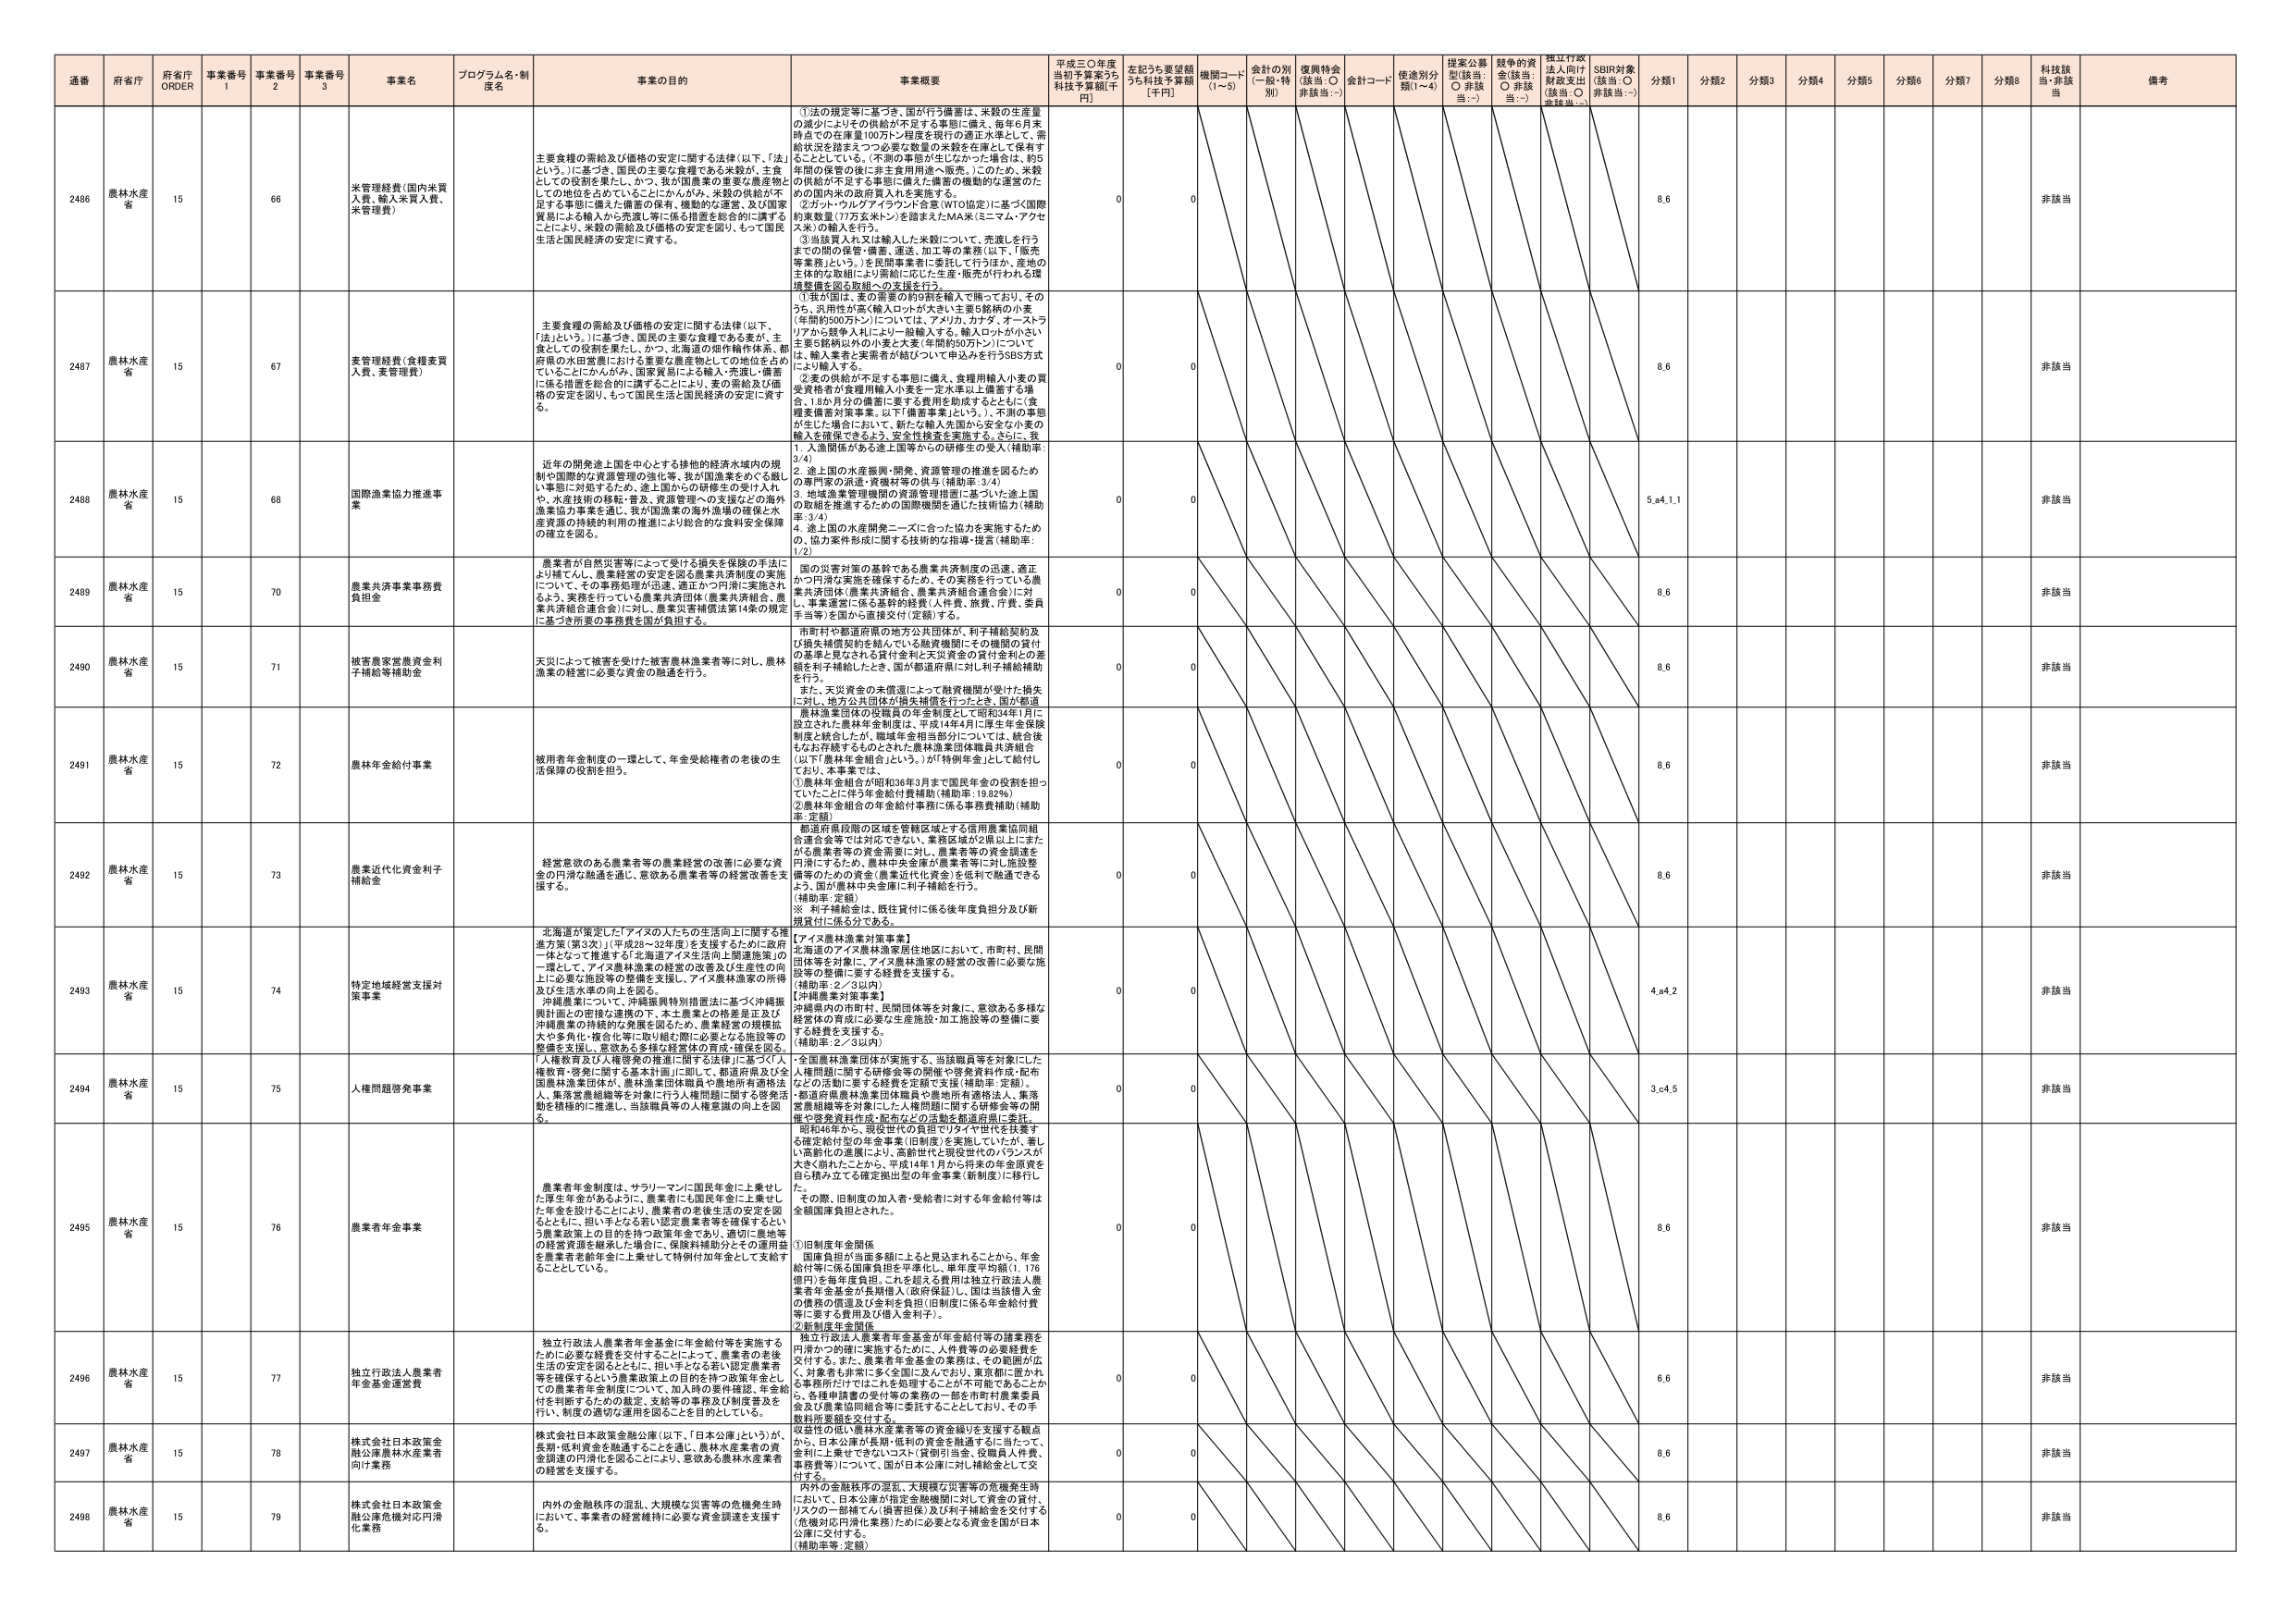
通番 府省庁 府省庁 ORDER 事業番号 1 事業番号 2 事業番号 3 事業名 プログラム名・制度名 事業の目的 事業概要 平成三〇年度当初予算案うち 科技予算額[千円] 左記うち要望額うち科技予算額 [千円] 機関コード (1～5) 会計の別 (一般・特別) 復興特会 (該当:○ 非該当:－) 会計コード 使途別分類(1～4) 提案公募型(該当:○ 非該当:－) 越年の資金(該当:○ 非該当:－) 指定行政法入向け財政支出 (該当:○ 非該当:－) SDR対象 (該当:○ 非該当:－) 分類1 分類2 分類3 分類4 分類5 分類6 分類7 分類8 科技該当・非該当 備考

2486 農林水産省 15 66 米管理経費(国内米買入費、輸入米買入費、米管理費) 主要食糧の需給及び価格の安定に関する法律(以下、「法」という。)に基づき、国民の主要な食糧である米穀が、主食としての役割を果たし、かつ、我が国農業の重要な農産物としての地位を占めていることからかんがみ、米穀の供給が不足する事態に備えた備蓄の在庫を保有、機動的な運営、及び国際貿易による輸入から売渡し等に係る措置を総合的に講ずることにより、米穀の需給及び価格の安定を図り、もって国民生活と国民経済の安定に資する。 ①法の規定等に基づき、国が行う備蓄は、米穀の生産量の減少によりその供給が不足する事態に備え、毎年6月末時点で在庫量100万トン程度を現行の適正水準として、需給状況を踏まえつつ必要な数量の米穀を在庫として保有することとしている。(不測の事態が生じなかった場合は、195年間の保管の後に非主食用用途へ販売。)このため、米穀の供給が不足する事態に備えた備蓄の機動的な運営のための国内米の政府買入れを実施する。 ②ガット・ウルグアイラウンド合意(WTO協定)に基づく国際的束縛量(77万石米トン)を踏まえたMA米(ミニマム・アクセス米)の輸入を行う。 ③当該買入れ又は輸入した米穀について、売渡しを行うまでの間の保管・備蓄・運送、加工等の業務(以下、「販売等業務」という。)を民間事業者に委託して行うほか、産地の主体的な取組により需給に応じた生産・販売が行われる環境整備を図る取組への支援を行う。 0 0 8.6 非該当

2487 農林水産省 15 67 麦管理経費(食糧支賛入費、麦管理費) 主要食糧の需給及び価格の安定に関する法律(以下、「法」という。)に基づき、国民の主要な食糧である麦が、主食としての役割を果たし、かつ、北海道の畑作輪作体系、都府県の水田営農における重要な農産物としての地位を占めていることからかんがみ、国家責務による輸入・売渡し・備蓄に係る措置を総合的に講ずることにより、麦の需給及び価格の安定を図り、もって国民生活と国民経済の安定に資する。 ①法が国は、麦の需要の約9割を輸入で賄っており、そのうち、汎用性が高く輸入コットが大きい主要5銘柄の小麦(年間約500万トン)については、アメリカ、カナダ、オーストラリアから競争入札により一般輸入する。輸入コットが小さい主要5銘柄以外の小麦と大麦(年間約50万トン)についても、輸入業者と実需者が結びついて申込みを行うSBS方式により購入する。 ②麦の供給が不足する事態に備え、食糧用輸入小麦の買受資格者が食糧用輸入小麦を一定水準以上備蓄する場合、1.8万円分の備蓄に要する費用を助成するとともに(食糧支備蓄対策事業。以下「備蓄事業」という。)、不測の事態が生じた場合において、新たな輸入先国から安全な小麦の輸入を確保できるよう、安全性検査を実施する。さらに、我 0 0 8.6 非該当

2488 農林水産省 15 68 国際漁業協力推進事業 近年の開発途上国を中心とする排他的経済水域内の規制や国際的な資源管理の強化等、我が国漁業をめぐる厳しい事態に対処するため、途上国からの研修生の受け入れや、水産技術の移転・普及、資源管理への支援などの海外漁業協力事業を通じ、我が国漁業の海外漁場の確保と水産資源の持続的利用の推進により総合的な食料安全保障の確立を図る。 1. 人漁関係がある途上国等からの研修生の受入(補助率:3/4) 2. 途上国の水産振興・開発、資源管理の推進を図るための専門家の派遣・資機材等の供与(補助率:3/4) 3. 地域漁業管理機関の資源管理措置に基づいた途上国取組を推進するための国際機関を通じた技術協力(補助率:3/4) 4. 途上国の水産開発ニーズに合った協力を実施するための、協力案件形成に関する技術的な指導・提言(補助率:1/2) 0 0 5,α4,1.1 非該当

2489 農林水産省 15 70 農業共済事業事務費負担金 農業者が自然災害等によって受ける損失を保険の手法により補てんし、農業経営の安定を図る農業共済制度の実施について、その事務処理が迅速、適正かつ円滑に実施されるよう、実務を行っている農業共済団体(農業共済組合、農業共済組合連合会)に対し、農業共済補助法第14条の規定に基づき所要の事務費を国が負担する。 国の災害対策の基幹である農業共済制度の迅速、適正かつ円滑な実施を確保するため、その実務を行っている農業共済団体(農業共済組合、農業共済組合連合会)に対し、事業運営に要する基幹的経費(人件費、旅費、庁費、委員手当等)を国から直接交付(定額)する。 0 0 8.6 非該当

2490 農林水産省 15 71 被害農家営農資金利子補給等補助金 天災によって被害を受けた被害農林漁業者等に対し、農林漁業の経営に必要な資金の融通を行う。 市町村や都道府県の地方公共団体が、利子補給契約及び損失補償契約を結んでいる融資機関にその機関の貸付の基準と見なされる貸付金利と天災資金の貸付金利との差額を利子補給したとき、国が都道府県に対し利子補給補助を行う。 また、天災資金の未償還によって融資機関が受けた損失に対し、地方公共団体が損失補償を行ったとき、国が都道 0 0 8.6 非該当

2491 農林水産省 15 72 農林年金給付事業 被用年金制度の一環として、年金受給権者の老後の生活保障の役割を担う。 農林漁業団体の役職員の年金制度として昭和34年1月に設立された農林年金制度は、平成14年4月に厚生年金保険制度と統合したが、職域年金相当部分については、統合後もなお存続するものとされた農林漁業団体職員共済組合(以下「農林年金組合」という。)が「特例年金」として給付しており、本事業では、 ①農林年金組合が昭和36年3月まで国民年金の役割を担っていたことに対する給付費補助(補助率:19.82%) ②農林年金組合の年金給付事務に係る事務費補助(補助率:定額) 0 0 8.6 非該当

2492 農林水産省 15 73 農業近代化資金利子補給金 経営意欲のある農業者等の農業経営の改善に必要な資金の円滑な融通を通じ、意欲ある農業者等の経営改善を支援する。 都道府県段階の区域を管轄区域とする信用農業協同組合連合会等では対応できない、業務区域が2県以上にまたがる農業者等の資金需要に対し、農業者等の資金調達を円滑にするため、農林中央金庫が農業者等に対し施設整備等のための資金(農業近代化資金)を低利で融通できるよう、国が農林中央金庫に利子補給を行う。 (補助率:定額) ※ 利子補給金は、既往貸付に係る後年度負担分及び新規貸付に係る分である。 0 0 8.6 非該当

2493 農林水産省 15 74 特定地域経営支援対策事業 北海道が策定した「アイヌの人たちの生活向上に関する推進方策(第3次)」(平成28～32年度)を支援するために政府一体となって推進する「北海道アイヌ生活向上関連施策」の一環として、アイヌ農林漁業の経営の改善及び生産性の向上に必要な施設等の整備を支援し、アイヌ農林漁業の所得及び生活水準の向上を図る。 沖縄農業について、沖縄振興特別措置法に基づく沖縄振興計画との密接な連携の下、本土農業との格差是正及び沖縄農業の持続的な発展を図るため、農業経営の規模拡大や多角化・複合化等に取り組む際に必要となる施設等の整備を支援し、意欲ある多様な経営体の育成・増強を図る。 【アイヌ農林漁業対策事業】 北海道のアイヌ農林漁業居住地区において、市町村、民間団体等を対象に、アイヌ農林漁業の経営の改善に必要な施設等の整備に要する経費を支援する。 (補助率:2／3以内) 【沖縄農業対策事業】 沖縄県内の市町村、民間団体等を対象に、意欲ある多様な経営体の育成に必要な生産施設・加工施設等の整備に要する経費を支援する。 (補助率:2／3以内) 0 0 4,α4,2 非該当

2494 農林水産省 15 75 人権問題啓発事業 「人権教育及び人権啓発の推進に関する法律」に基づく「人権教育・啓発に関する基本計画」に即して、都道府県及び全国農林漁業団体が、農林漁業団体職員や農地所有者、集落営農組織等を対象に行った人権問題に関する啓発活動を積極的に推進し、当該職員等の人権意識の向上を図る。 全国農林漁業団体が実施する、当該職員等を対象にした人権問題に関する研修会等の開催や啓発資料作成・配布などの活動に要する経費を定額で支援(補助率:定額)。 都道府県農林漁業団体職員や農地所有者、集落営農組織等を対象にした人権問題に関する研修会等の開催や啓発資料作成・配布などの活動を都道府県に委託。 昭和46年から、現役世代の負担で「タイヤ世代を扶養する確定給付型の年金事業(旧制度)」を実施していたが、著しい高齢化の進展により、高齢世代と現役世代のバランスが大きく崩れたことから、平成14年1月から将来の年金原資を自ら積み立てる確定拠出型の年金事業(新制度)に移行した。 その際、旧制度の加入者・受給者に対する年金給付等は全額国庫負担とされた。 0 0 3,α4,5 非該当

2495 農林水産省 15 76 農業者年金事業 農業者年金制度は、サラリーマンに国民年金に上乗せした厚生年金があるように、農業者にも国民年金に上乗せした年金を設けることにより、農業者の老後生活の安定を図るとともに、若い手元ある若い現役農業者等を育成するという農業政策上の目的を持つ政策年金であり、適切に農地等の経営資源を継承した場合に、保険料補助分とその運用益を農業者老齢年金に上乗せして特例付加年金として支給することとしている。 ①旧制度年金関係 国庫負担が当面多額に上ると見込まれることから、年金給付等に係る国庫負担を平準化し、単年度平均額(1,176億円)を毎年度負担。これを超える費用は独立行政法人農業者年金基金が長期借入(政府保証)し、国は当該借入金の債務の償還及び金利を負担(旧制度に係る年金給付費等に要する費用及び借入金利)。 ②新制度年金関係 0 0 8.6 非該当

2496 農林水産省 15 77 独立行政法人農業者年金基金運営費 独立行政法人農業者年金基金に年金給付等を実施するために必要な経費を交付することによって、農業者の老後生活の安定を図るとともに、担い手となる若い現役農業者等を確保するという農業政策上の目的を持つ政策年金としての農業者年金制度について、加入時の要件確認、年金給付を判断するための裁定・支給等の事務及び組織運営を行い、制度の適切な運用を図ることを目的としている。 独立行政法人農業者年金基金が年金給付等の諸業務を円滑かつ的確に実施するために、人件費等の必要経費を交付する。また、農業者年金基金の業務は、その範囲が広く、対象者も非常に多く全国に及んでおり、東京都に置かれた事務所だけではこれを処理することが不可能であることから、各種申請書の受付等の業務の一部を市町村農業委員会及び農業協同組合等に委託することとしており、その手数料原資額を交付する。 0 0 6.6 非該当

2497 農林水産省 15 78 株式会社日本政策金融公庫農林水産業者向け業務 株式会社日本政策金融公庫(以下、「日本公庫」という)が、長期・低利資金を融通することを通じ、農林水産業者の資金調達の円滑化を図ることにより、意欲ある農林水産業者の経営を支援する。 現在性の低い農林水産業者等の資金繰りを支援する観点から、日本公庫が長期・低利の資金を融通するに当たって、金利に上乗せできないコスト(貸倒引当金、役職員人件費、事務費等)について、国が日本公庫に対し補給金として交付する。 0 0 8.6 非該当

2498 農林水産省 15 79 株式会社日本政策金融公庫危機対応円滑化業務 内外の金融秩序の混乱、大規模な災害等の危機発生時において、事業者の経営維持に必要な資金調達を支援する。 内外の金融秩序の混乱、大規模な災害等の危機発生時において、日本公庫が指定金融機関に対して資金の貸付、リスクの一部補てん(損害担保)及び利子補給金を交付する(危機対応円滑化業務)ために必要となる資金を国が日本公庫に交付する。 (補助率等:定額) 0 0 8.6 非該当